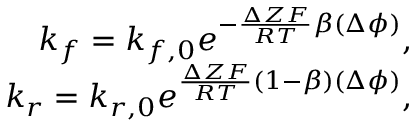
\begin{array} { r } { k _ { f } = k _ { f , 0 } e ^ { - \frac { \Delta Z F } { R T } \beta ( \Delta \phi ) } , } \\ { k _ { r } = k _ { r , 0 } e ^ { \frac { \Delta Z F } { R T } ( 1 - \beta ) ( \Delta \phi ) } , } \end{array}